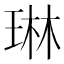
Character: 琳